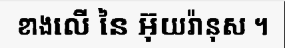
ខាងលើ នៃ អ៊ុយរ៉ានុស ។